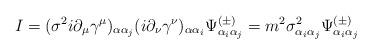
LaTeX: \begin{align*}I=(\sigma^2i\partial_\mu\gamma^\mu)_{\alpha\alpha_j}(i\partial_\nu\gamma^\nu)_{\alpha\alpha_i}\Psi^{(\pm)}_{\alpha_i\alpha_j}=m^2\sigma^2_{\alpha_i\alpha_j}\Psi^{(\pm)}_{\alpha_i\alpha_j}\end{align*}